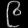
Digit: ၉